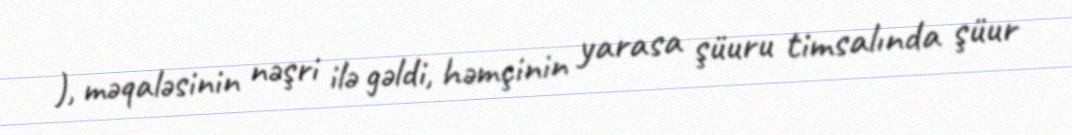
), məqaləsinin nəşri ilə gəldi, həmçinin yarasa şüuru timsalında şüur